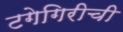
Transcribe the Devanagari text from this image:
टगेगिरीची